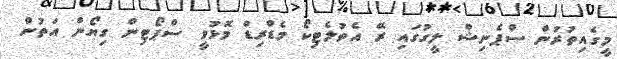
މީގެއިތުރުން ސްޕެނިޝް ލީގުގައި ރޭ އެތުލެޓިކޯ މެޑްރިޑް މޮޅުވީ ސްޕޯޓިން ގިޔޯން އަތުން